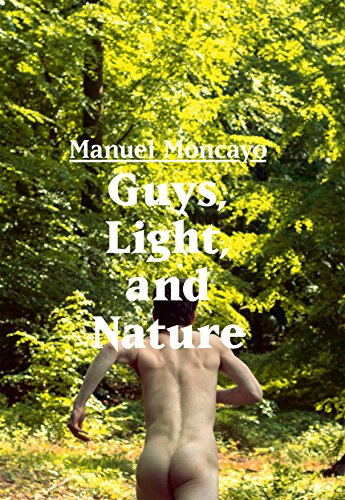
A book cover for Guys, Light, and Nature: Bruno Gmuender Portfolio; Manuel Moncayo; Arts & Photography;